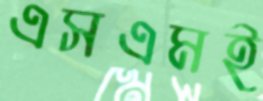
এসএমই